Annual statistical returns and brief notes on vaccination in Bengal - 1909-1929
Year: 1909
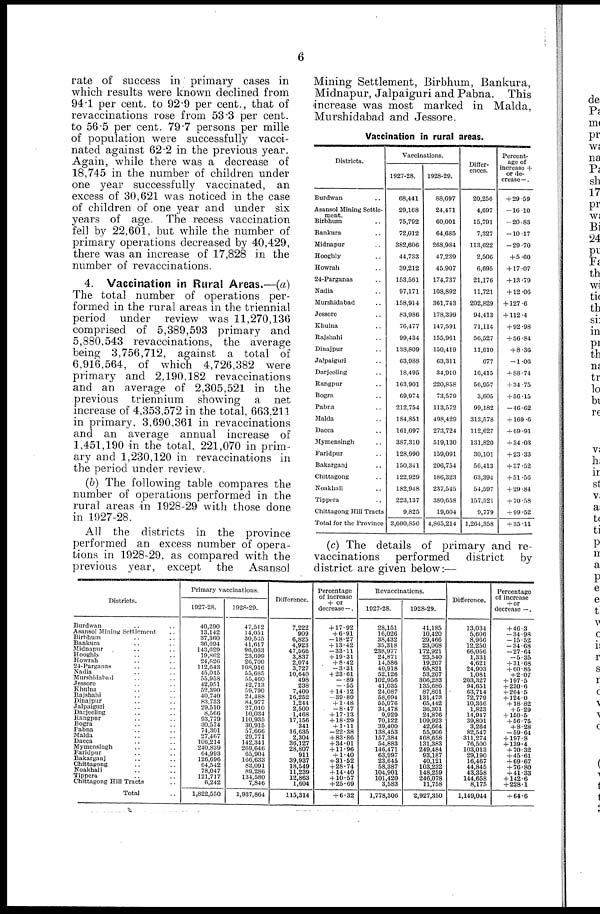
6
rate of success in primary cases in
which results were known declined from
94.1 per cent. to 92.9 per cent., that of
revaccinations rose from 53.3 per cent.
to 56.5 per cent. 79.7 persons per mille
of population were successfully vacci-
nated against 62.2 in the previous year.
Again, while there was a decrease of
18,745 in the number of children under
one year successfully vaccinated, an
excess of 30,621 was noticed in the case
of children of one year and under six
years of age. The recess vaccination
fell by 22,601, but while the number of
primary operations decreased by 40,429,
there was an increase of 17,828 in the
number of revaccinations.
4. Vaccination in Rural Areas.—(a)
The total number of operations per-
formed in the rural areas in the triennial
period under review was 11,270,136
comprised of 5,389,593 primary and
5,880,543 revaccinations, the average
being 3,756,712, against a total of
6,916,564, of which 4,726,382 were
primary and 2,190,182 revaccinations
and an average of 2,305,521 in the
previous triennium showing a net
increase of 4,353,572 in the total, 663,211
in primary, 3,690,361 in revaccinations
and an average annual increase of
1,451,190 in the total, 221,070 in prim-
ary and 1,230,120 in revaccinations in
the period under review.
(b) The following table compares the
number of operations performed in the
rural areas in 1928-29 with those done
in 1927-28.
All the districts in the province
performed an excess number of opera-
tions in 1928-29, as compared with the
previous year, except the Asansol
Mining Settlement, Birbhum, Bankura,
Midnapur, Jalpaiguri and Pabna. This
increase was most marked in Malda,
Murshidabad and Jessore.
Vaccination in rural areas.
Districts.
Burdwan ..
Asansol Mining Settle-
ment.
Birbhum..
Bankura..
Midnapur..
Hooghly..
Howrah..
24-Parganas..
Nadia..
Murshidabad..
Jessore..
Khulna..
Rajshahi..
Dinajpur..
Jalpaiguri..
Darjeeling..
Rangpur..
Bogra..
Pabna..
Malda..
Dacca..
Mymensingh..
Faridpur..
Bakarganj..
Chittagong..
Noakhali..
Tippera..
Chittagong Hill Tracts
Total for the Province
Vaccinations.
1927-28.
68,441
29,168
75,792
72,012
382,606
44,733
39,212
153,561
97,171
158,914
83,986
76,477
99,434
138,809
63,988
18,495
163,901
69,974
212,754
184,851
161,097
387,310
128,990
150,341
122,929
182,948
223,137
9,825
3,600,856
1928-29.
88,697
24,471
60,001
64,685
268,984
47,239
45,907
174,737
108,892
361,743
178,399
147,591
155,961
150,419
63,311
34,910
220,858
73,579
113,572
498,429
273,724
519,130
159,091
206,754
186,323
237,545
380,658
19,604
4,865,214
Differ-
ences.
20,256
4,697
15,791
7,327
113,622
2,506
6,695
21,176
11,721
202,829
94,413
71,114
56,527
11,610
677
16,415
56,957
3,605
99,182
313,578
112,627
131,820
30,101
50,413
63,394
54,597
157,521
9,779
1,264,358
Percent-
age of
increase +
or de-
crease—.
+ 29.59
—16.10
—20.83
—10.17
—29.70
+5.60
+ 17.07
+ 13.79
+ 12.06
+ 127.6
+ 112.4
+92.98
+ 56.84
+ 8.36
—1.06
+ 88.74
+ 34.75
+ 50.15
—40.62
+ 169.0
+ 69.91
+ 34.03
+ 23.33
+ 37.52
+ 51.56
+ 29.84
+ 70.58
+ 99.52
+ 35.11
(c) The details of primary and re-
vaccinations
performed
district
by
district are given below:—
Districts.
Burdwan..
Asansol Mining Settlement..
Birbhum..
Bankura..
Midnapur..
Hooghly..
Howrah..
24-Parganas..
Nadia..
Murshidabad..
Jessore..
Khulna..
Rajshahi..
Dinajpur..
Jalpaiguri..
Darjeeling..
Rangpur..
Bogra.. .. ..
Pabna.. .. ..
Malda.. .. ..
Dacca.. .. ..
Mymensingh.. .. ..
Faridpur.. .. ..
Bakarganj.. .. ..
Chittagong.. .. ..
Noakhali.. .. ..
Tippera.. .. ..
Chittagong Hill Tracts.. .. ..
Total.. .. ..
Primary vaccinations.
1927-28.
40,290
13,142
37,360
36,694
143,629
19,862
24,626
112,643
45,045
55,958
42,951
52,390
40,740
83,733
29,510
8,566
93,779
30,574
74,301
27,467
106,214
240,839
64,993
126,696
64,542
78,047
121,717
6,242
1,822,550
1928-29.
47,512
14,051
30,535
41,617
90,063
23,699
26,700
108,916
55,685
55,460
42,713
59,790
24,488
84,977
27,010
10,034
110,935
30,915
57,666
29,771
142,341
209,646
65,904
166,633
83,091
89,286
134,580
7,846
1,937,864
Difference.
7,222
909
6,825
4,923
47,566
3,837
2,074
3,727
10,640
498
238
7,400
16,252
1,244
2,500
1,468
17,156
341
16,635
2,304
36,127
28,807
911
39,937
18,549
11,239
12,863
1,604
115,314
Percentage
of increase
+ or
decrease — .
+ 17.92
+ 6.91
—18.27
+ 13.42
—33.11
+ 19.31
+ 8.42
—3.31
+ 23.61
—.89
—.55
+ 14.12
—39.89
+ 1.48
—8.47
+ 17.13
+ 18.29
+ 1.11
—22.38
+ 83.86
+ 34.01
+ 11.96
+ 1.40
+ 31.52
+ 28.74
+ 14.40
+ 10.57
+25.69
+ 6.32
Revaccinations.
1927-28.
28,151
16,026
38,432
35,318
238,977
24,871
14,586
40,918
52,126
102,956
41,035
24,087
58,694
55,076
34,478
9,929
70,122
39,400
138,453
157,384
54,883
146,471
63,997
23,645
58,387
104,901
101,420
3,583
1,778,306
1928-29.
41,185
10,420
29,466
23,068
172,921
23,540
19,207
65,821
53,207
306,283
135,686
87,801
131,473
65,442
36,301
24,876
109,923
42,664
55,906
468,658
131,383
249,484
93,187
40,121
103,232
148,259
246,078
11,758
2,927,350
Difference.
13,034
5,606
8,966
12,250
66,056
1,331
4,621
24,903
1,081
203,327
94,651
63,714
72,779
10,366
1,823
14,947
39,801
3,264
82,547
311,274
76,500
103,013
29,190
16,467
44,845
43,358
144,658
8,175
1,149,044
Percentage
of increase
+ or
decrease —.
+ 46.3
-34.98
—15.52
—34.68
—27.64
—5.35
+ 31.68
+ 60.85
+2.07
+ 197.5
+ 230.6
+ 264.5
+ 124.0
+ 18.82
+ 5.29
+ 150.5
+ 56.75
+ 8.28
—59.64
+ 197.8
+ 139.4
+ 70.32
+ 45.61
+ 69.67
+ 76.80
+41.33
+ 142.6
+ 228.1
+ 64.6